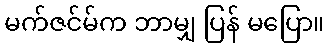
မက်ဇင်မ်က ဘာမျှ ပြန် မပြော။